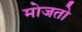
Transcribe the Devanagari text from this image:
मोजतो